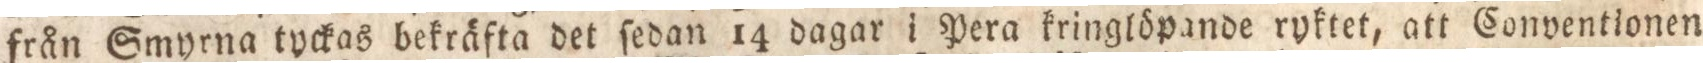
från Smyrna tyckas bekräfta det ſedan 14 dagar i Pera kringlöpande ryktet, att Conventionen